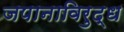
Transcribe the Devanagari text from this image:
जपानाविरुद्ध